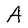
Character: A